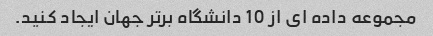
مجموعه داده ای از 10 دانشگاه برتر جهان ایجاد کنید.